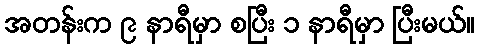
အတန်းက ၉ နာရီမှာ စပြီး ၁ နာရီမှာ ပြီးမယ်။